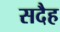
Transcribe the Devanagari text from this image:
सदैह